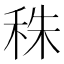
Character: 秼